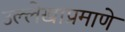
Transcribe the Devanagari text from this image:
उल्लेखाप्रमाणे